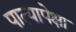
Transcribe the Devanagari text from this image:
पात्यापेक्षा